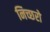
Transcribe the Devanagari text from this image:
निच्छरो